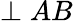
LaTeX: \perp AB